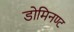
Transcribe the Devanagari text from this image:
डोमिनण्ट